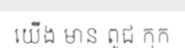
យើង មាន ពូជ កុក